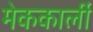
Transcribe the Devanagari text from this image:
मेककार्ली